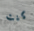
كنت